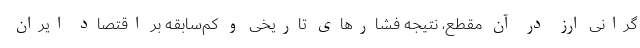
گرانی ارز در آن مقطع،‌ نتیجه فشارهای تاریخی و کم‌سابقه بر اقتصاد ایران